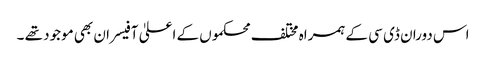
اس دوران ڈی سی کے ہمراہ مختلف محکموں کے اعلیٰ آفیسران بھی موجود تھے ۔